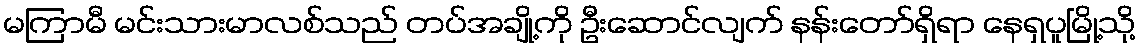
မကြာမီ မင်းသားမာလစ်သည် တပ်အချို့ကို ဦးဆောင်လျက် နန်းတော်ရှိရာ နေရှပူမြို့သို့